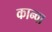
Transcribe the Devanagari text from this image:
कान्वा